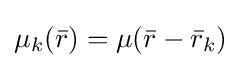
\mu _{k}({\bar {r}})=\mu ({\bar {r}}-{\bar {r}}_{k})